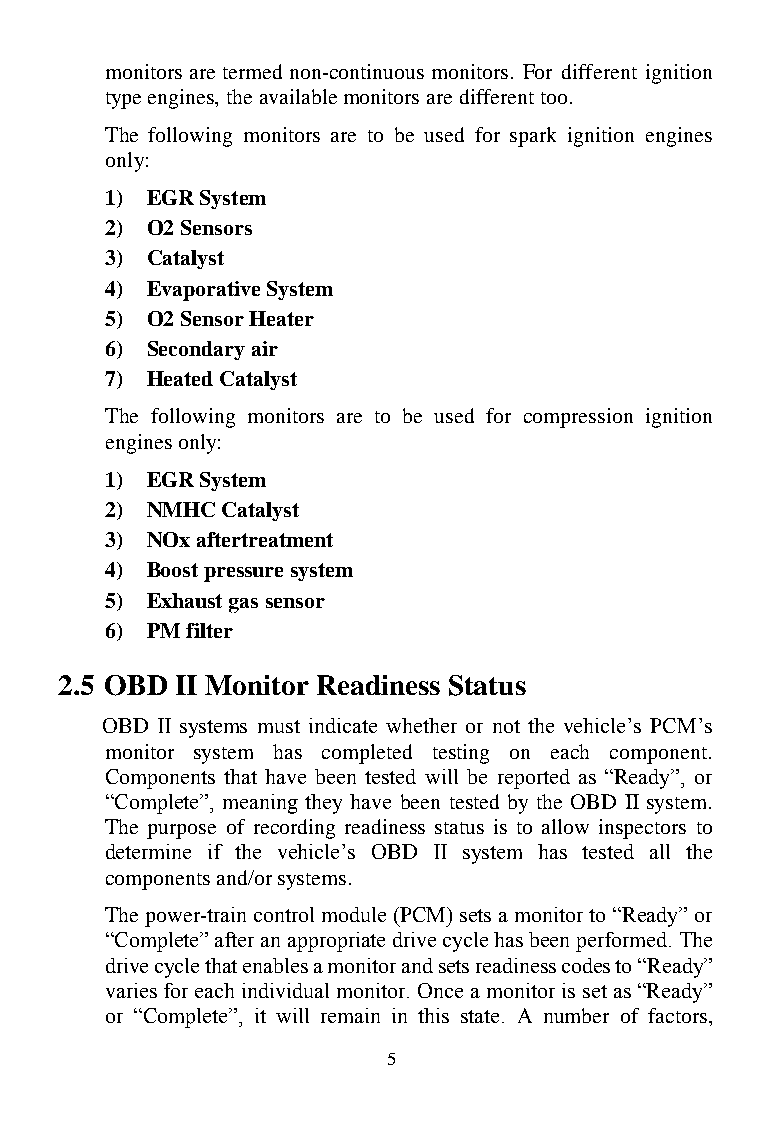
monitors are termed non-continuous monitors. For different ignition
 type engines, the available monitors are different too.
 The following monitors are to be used for spark ignition engines
 only:
 1) EGR System
 2) O2 Sensors
 3) Catalyst
 4) Evaporative System
 5) O2 Sensor Heater
 6) Secondary air
 7) Heated Catalyst
 The following monitors are to be used for compression ignition
 engines only:
 1) EGR System
 2) NMHC Catalyst
 3) NOx aftertreatment
 4) Boost pressure system
 5) Exhaust gas sensor
 6) PM filter
 2.5 OBD II Monitor Readiness Status
 OBD II systems must indicate whether or not the vehicle’s PCM’s
 monitor system has completed testing on each component.
 Components that have been tested will be reported as “Ready”, or
 “Complete”, meaning they have been tested by the OBD II system.
 The purpose of recording readiness status is to allow inspectors to
 determine if the vehicle’s OBD II system has tested all the
 components and/or systems.
 The power-train control module (PCM) sets a monitor to “Ready” or
 “Complete” after an appropriate drive cycle has been performed. The
 drive cycle that enables a monitor and sets readiness codes to “Ready”
 varies for each individual monitor. Once a monitor is set as “Ready”
 or “Complete”, it will remain in this state. A number of factors,
 5